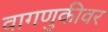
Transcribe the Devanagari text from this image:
वागणुकीवर